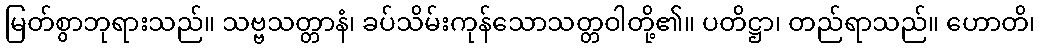
မြတ်စွာဘုရားသည်။ သဗ္ဗသတ္တာနံ၊ ခပ်သိမ်းကုန်သောသတ္တဝါတို့၏။ ပတိဋ္ဌာ၊ တည်ရာသည်။ ဟောတိ၊